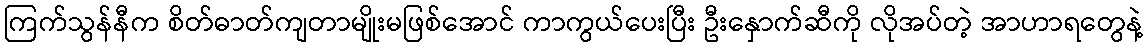
ကြက်သွန်နီက စိတ်ဓာတ်ကျတာမျိုးမဖြစ်အောင် ကာကွယ်ပေးပြီး ဦးနှောက်ဆီကို လိုအပ်တဲ့ အာဟာရတွေနဲ့